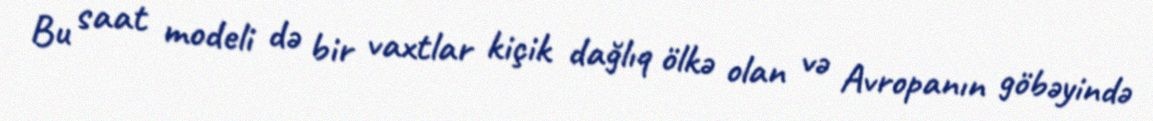
Bu saat modeli də bir vaxtlar kiçik dağlıq ölkə olan və Avropanın göbəyində